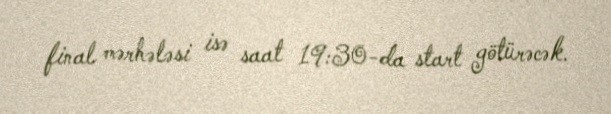
final mərhələsi isə saat 19:30-da start götürəcək.